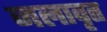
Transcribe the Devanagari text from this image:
जलावृत